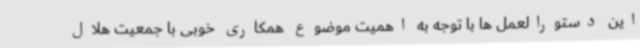
این دستورالعمل ها با توجه به اهمیت موضوع همکاری خوبی با جمعیت هلال